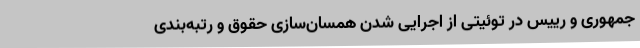
جمهوری و رییس در توئیتی از اجرایی شدن همسان‌سازی حقوق و رتبه‌بندی